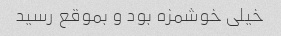
خیلی خوشمزه بود و بموقع رسید